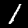
Label: 1